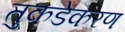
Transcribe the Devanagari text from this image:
तुकडेकरण